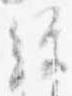
経